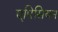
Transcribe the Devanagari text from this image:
एपिसियन